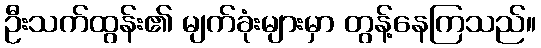
ဦးသက်ထွန်း၏ မျက်ခုံးများမှာ တွန့်နေကြသည်။